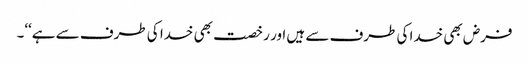
فرض بھی خدا کی طرف سے ہیں اور رخصت بھی خدا کی طرف سے ہے‘‘۔